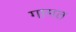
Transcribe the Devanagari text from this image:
गामत